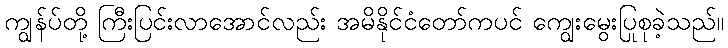
ကျွန်ပ်တို့ ကြီးပြင်းလာအောင်လည်း အမိနိုင်ငံတော်ကပင် ကျွေးမွေးပြုစုခဲ့သည်။